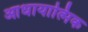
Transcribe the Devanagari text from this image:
आधायात्मिक